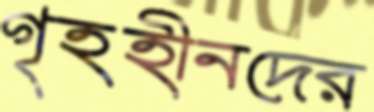
গৃহহীনদের